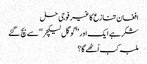
افغان تنازع کا غیر فوجی حل
شکر ہے ایک اور ’’گوگل لیکچر‘‘ سے بچ گئے
ملبہ کب اُٹھے گا؟